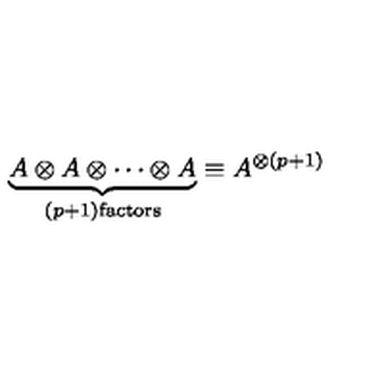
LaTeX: \underbrace { A \otimes A \otimes \cdots \otimes A } _ { ( p + 1 ) \mathrm { f a c t o r s } } \equiv A ^ { \otimes ( p + 1 ) }